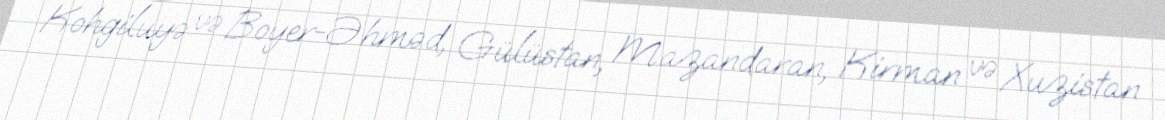
Kohgiluyə və Boyer-Əhməd, Gülüstan, Mazandaran, Kirman və Xuzistan